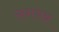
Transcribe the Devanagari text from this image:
लगभब